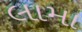
લામા